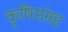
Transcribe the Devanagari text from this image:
कृषिसंग्रह